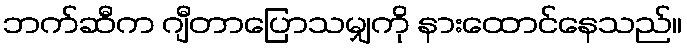
ဘက်ဆီက ဂျီတာပြောသမျှကို နားထောင်နေသည်။